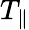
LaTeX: T_{\| }